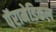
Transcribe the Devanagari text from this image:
पॅरामेडिकल